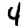
Digit: 4